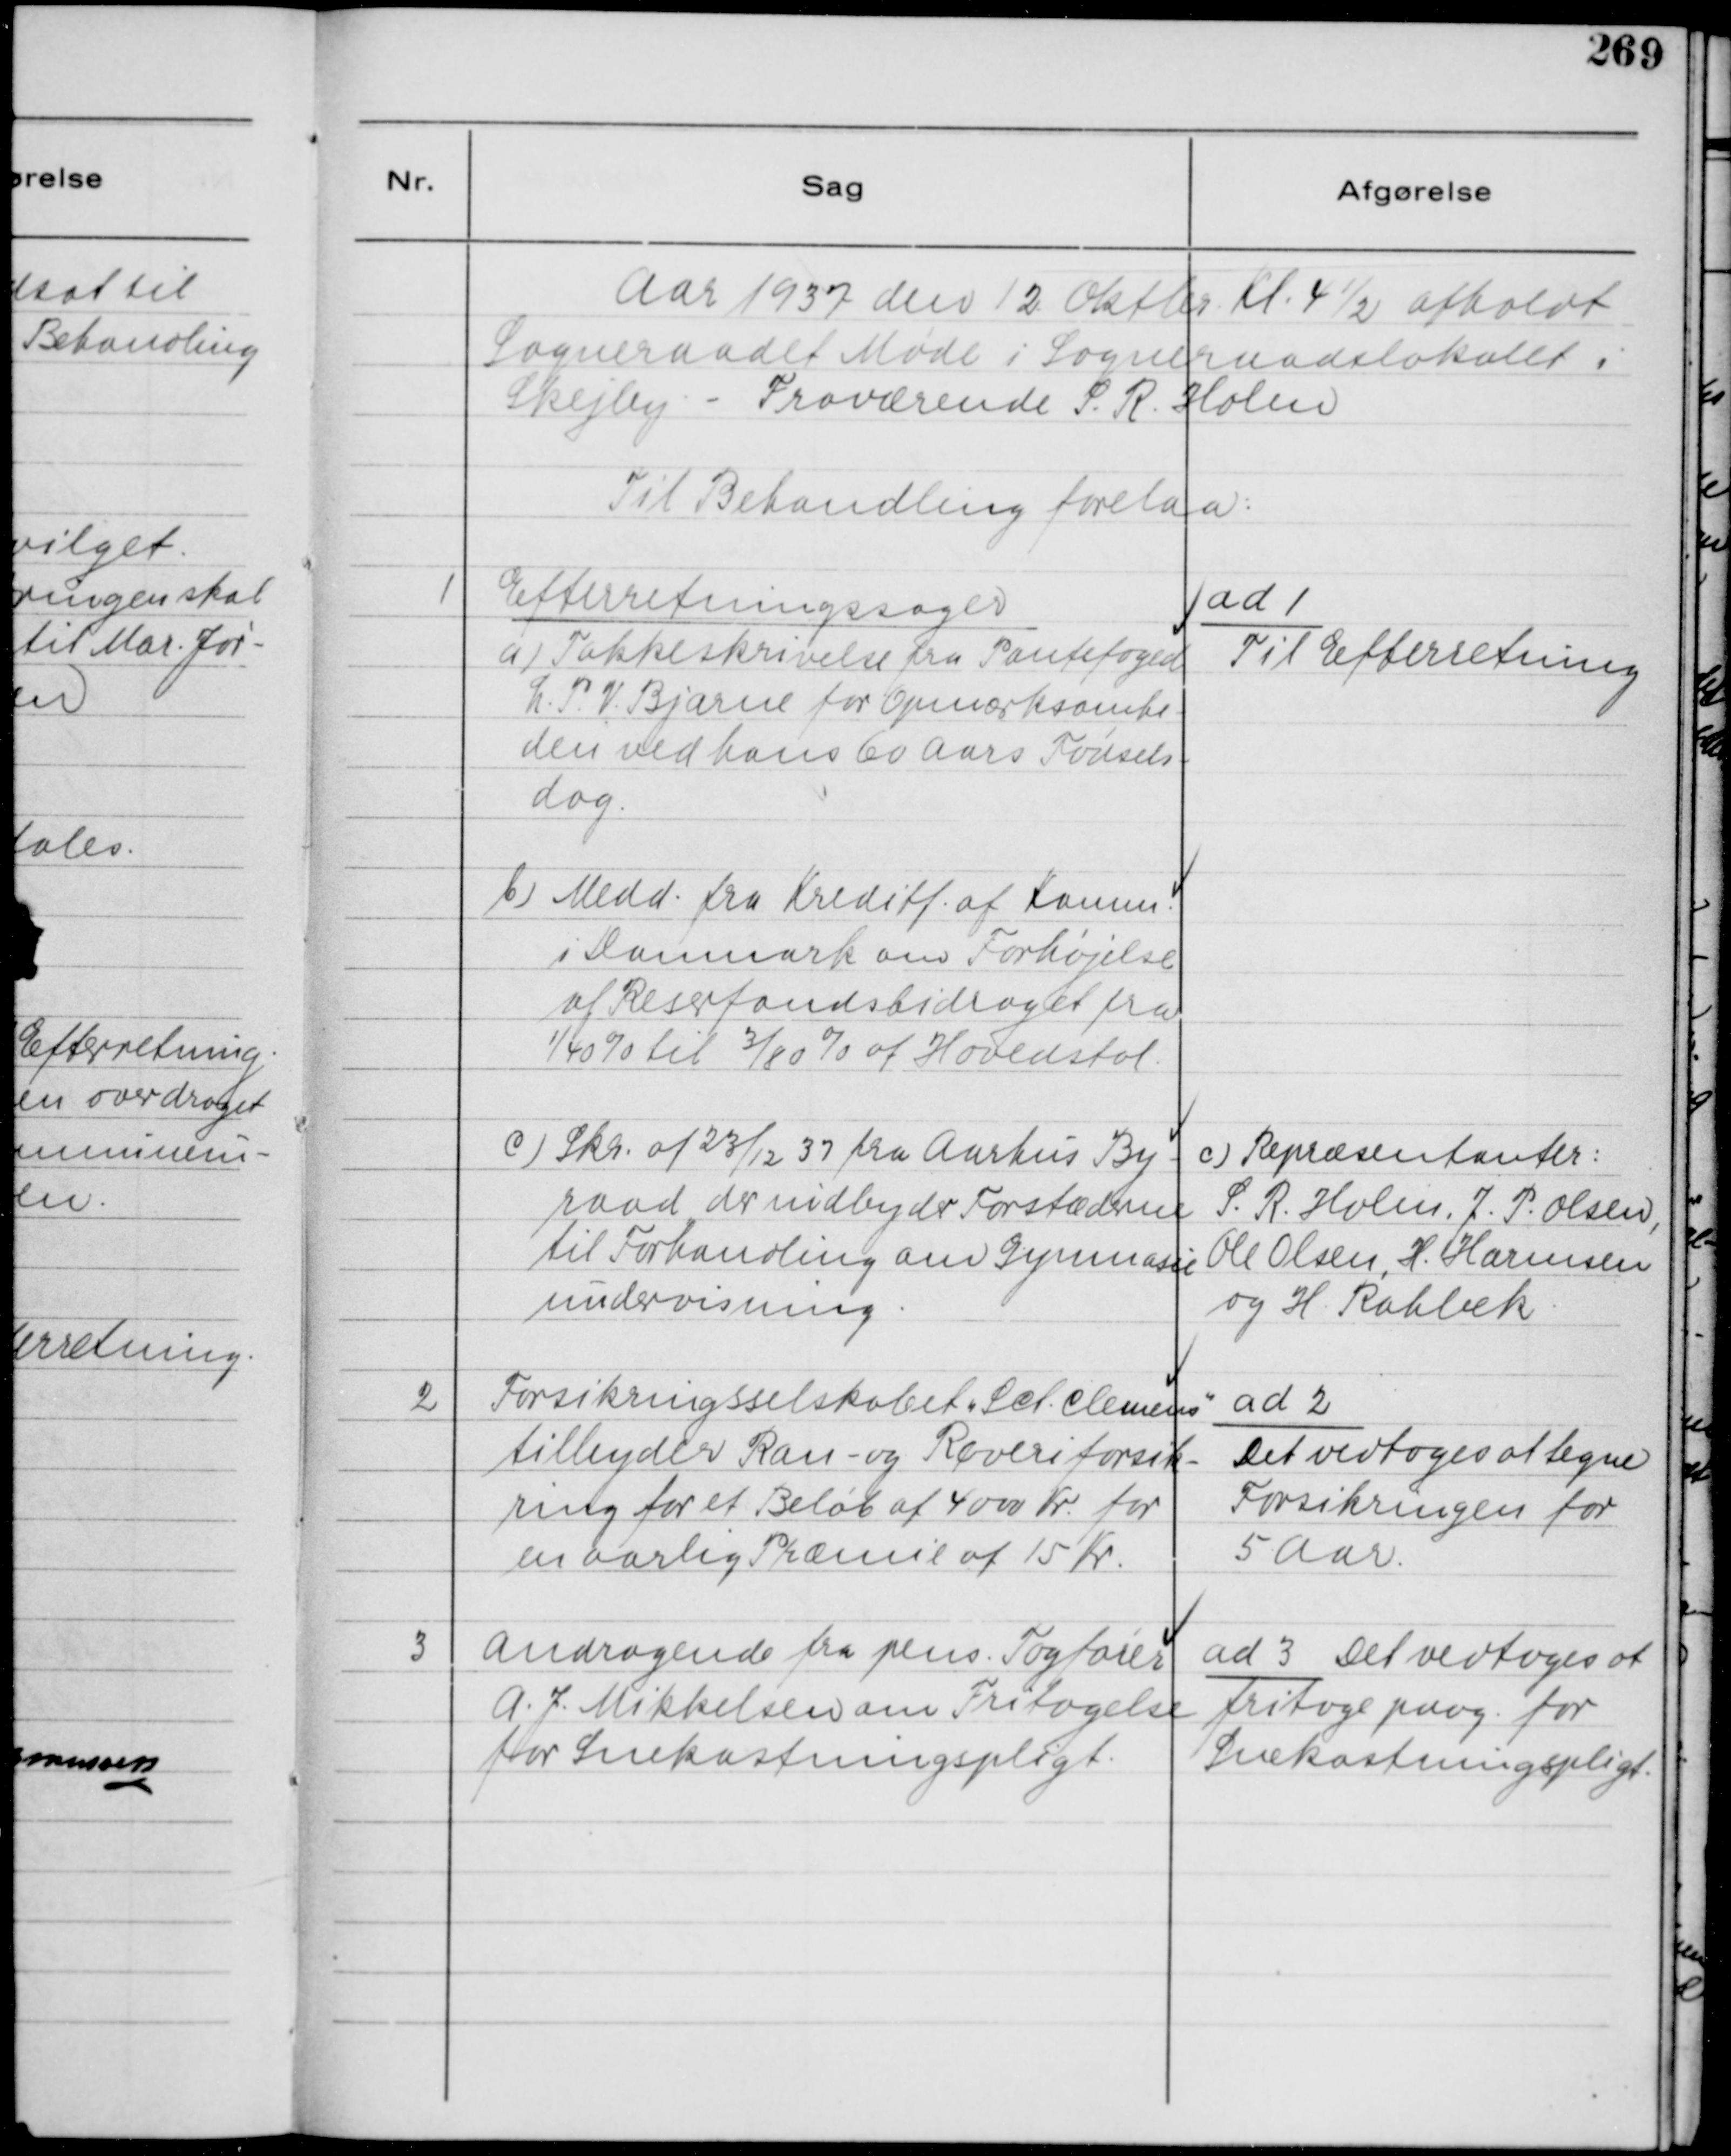
Transskription:
Aar 1937 den 12. Oktbr. Kl. 4½ afholdt
Sogneraadet Møde i Sogneraadslokalet i
Skejby - Fraværende S. R. Holm
Til Behandling forelaa:

1
Efterretningssager
a) Takkeskrivelse fra Pantefoged
L. P. V. Bjarne for Opmærksomhe-
den ved hans 60 Aars Fødsels-
dag.
b) Medd. fra Kreditf. af Komm.
i Danmark om Forhøjelse
af Reserfondsbidraget fra
1/40% til 3/80% af Hovedstol.

ad 1
Til Efterretning

c) Skr. af 23/12 37 fra Aarhus By-
raad der indbyder Forstæderne
til Forhandling om Gymnasie
undervisning.

c) Repræsentanter:
S. R. Holm, J. P. Olsen,
Ole Olsen, H. Harmsen
og H. Rahbek.

2
Forsikringsselskabet Sct. Clemens
tilbyder Ran- og Røveriforsik-
ring for et Beløb af 4000 kr. for
en aarlig Præmie af 15 Kr.

ad 2
Det vedtoges at tegne
Forsikringen for
5 Aar.

3
Andragende fra pens. Togfører
A. J. Mikkelsen om Fritagelse
for Snekastningspligt.

ad 3 Det vedtoges at
fritage paag. for
Snekastningspligt.